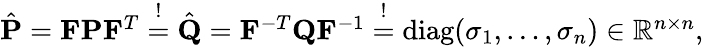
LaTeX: \begin{array}{r}{\hat{{\textbf P}}=\mathbf{{F}}{\textbf P}\mathbf{{F}}^{T}\stackrel{!}{=}\hat{{\textbf Q}}=\mathbf{{F}}^{-T}{\textbf Q}\mathbf{{F}}^{-1}\stackrel{!}{=}\mathrm{diag}(\sigma_{1},\ldots,\sigma_{n})\in{\mathbb R}^{n\times n},}\end{array}